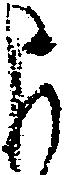
よ